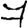
Digit: 7